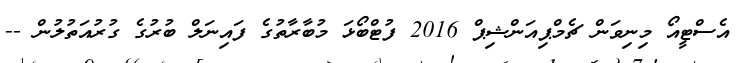
އެސްޓީއޯ މިނިވަން ޗެމްޕިއަންޝިޕް 2016 ފުޓްބޯޅަ މުބާރާތުގެ ފައިނަލް ބުރުގެ ގުރުއަތުލުން --